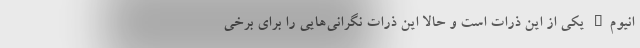
انیوم" یکی از این ذرات است و حالا این ذرات نگرانی‌هایی را برای برخی